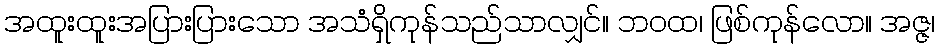
အထူးထူးအပြားပြားသော အသံရှိကုန်သည်သာလျှင်။ ဘဝထ၊ ဖြစ်ကုန်လော။ အဇ္ဇ၊